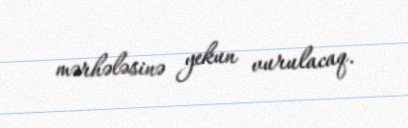
mərhələsinə yekun vurulacaq.